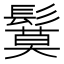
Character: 鬕